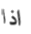
اذا